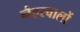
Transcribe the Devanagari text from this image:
नैहरवालों